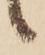
候